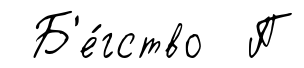
Б'е́гство П